Leaving Certificate Examination, 1912
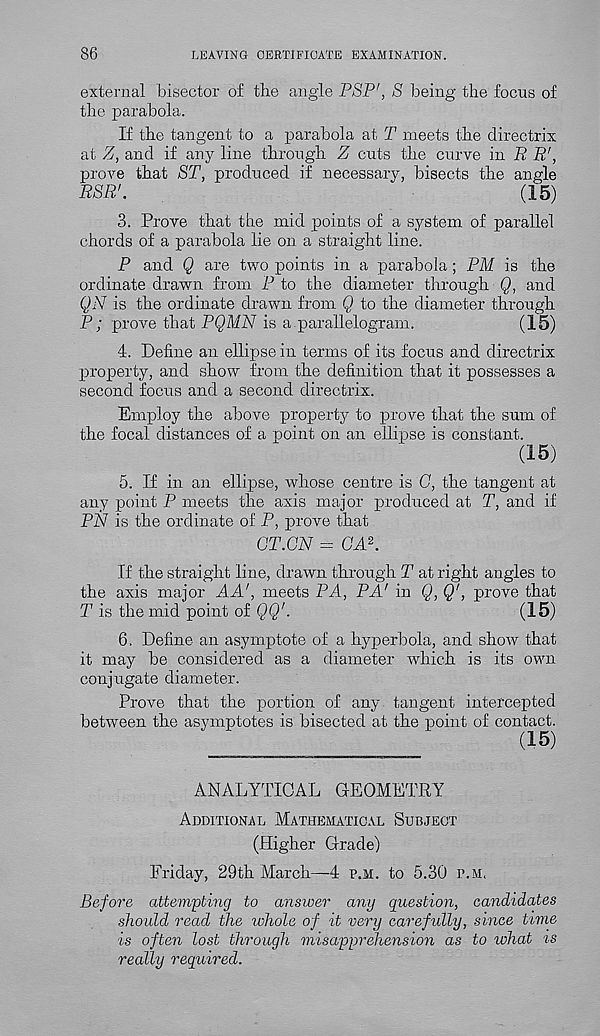
LEAVING CERTIFICATE EXAMINATION.
external bisector of the angle PSP ! , 8 being the focus of
the parabola.
If the tangent to a parabola at T meets the directrix
at Z, and if any line through Z cuts the curve in R R',
prove that ST, produced if necessary, bisects the angle
RSR'.
(15)
3. Prove that the mid points of a system of parallel
chords of a parabola lie on a straight line.
P and Q are two points in a parabola; PM is the
ordinate drawn from P to the diameter through Q, and
QN is the ordinate drawn from Q to the diameter through
P; prove that PQMN is a parallelogram.
(15)
4. Define an ellipse in terms of its focus and directrix
property, and show from the definition that it possesses a
second focus and a second directrix.
Employ the above property to prove that the sum of
the focal distances of a point on an ellipse is constant.
(15)
5. If in an ellipse, whose centre is G, the tangent at
any point P meets the axis major produced at T, and if
PN is the ordinate of P, prove that
CT.GN = GA 2 .
If the straight line, drawn through T at right angles to
the axis major AA', meets PA, PA' in Q, Q', prove that
T is the mid point of QQ 1 .
(15)
6. Define an asymptote of a hyperbola, and show that
it may be considered as a diameter which is its own
conjugate diameter.
Prove that the portion of any tangent intercepted
between the asymptotes is bisected at the point of contact.
ANALYTICAL GEOMETRY
Additional Mathematical Subject
(Higher Grade)
Friday, 29th March—4 p.m. to 5.30 r.M,
Before attempting to answer any question, candidates
should read the whole of it very carefully, since time
is often lost through misapprehension as to what is
really required.